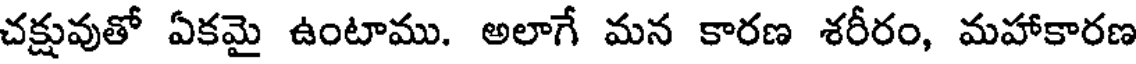
చక్షువుతో ఏకమై ఉంటాము. అలాగే మన కారణ శరీరం, మహాకారణ